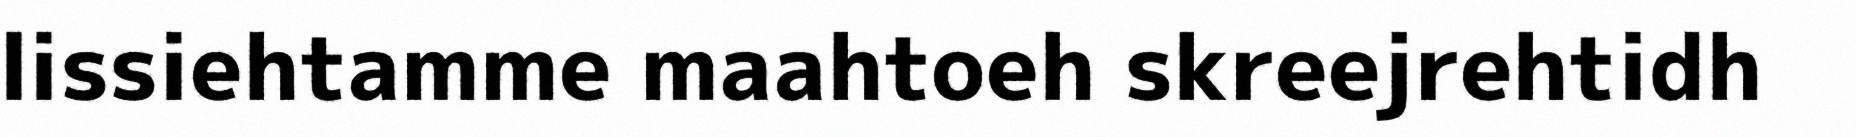
lissiehtamme maahtoeh skreejrehtidh